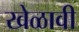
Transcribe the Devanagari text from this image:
खेळावी